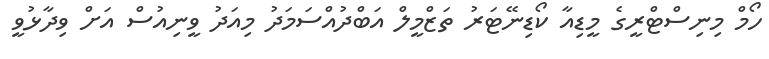
ހޯމް މިނިސްޓްރީގެ މީޑިއާ ކޯޑިނޭޓަރު ތަޒްމީލް އަބްދުއްސަމަދު މިއަދު ވީނިއުސް އަށް ވިދާޅުވީ